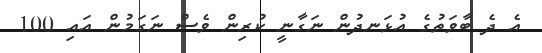
އެ ދެ ބާވަތުގެ އުޅަނދުން ނަގާނީ ކުރިން ވެސް ނަގަމުން އައި 100